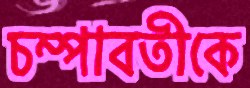
চম্পাবতীকে